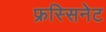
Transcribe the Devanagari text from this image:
फ्रस्सिनेट